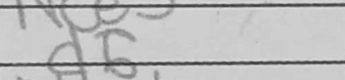
Transcription: d6